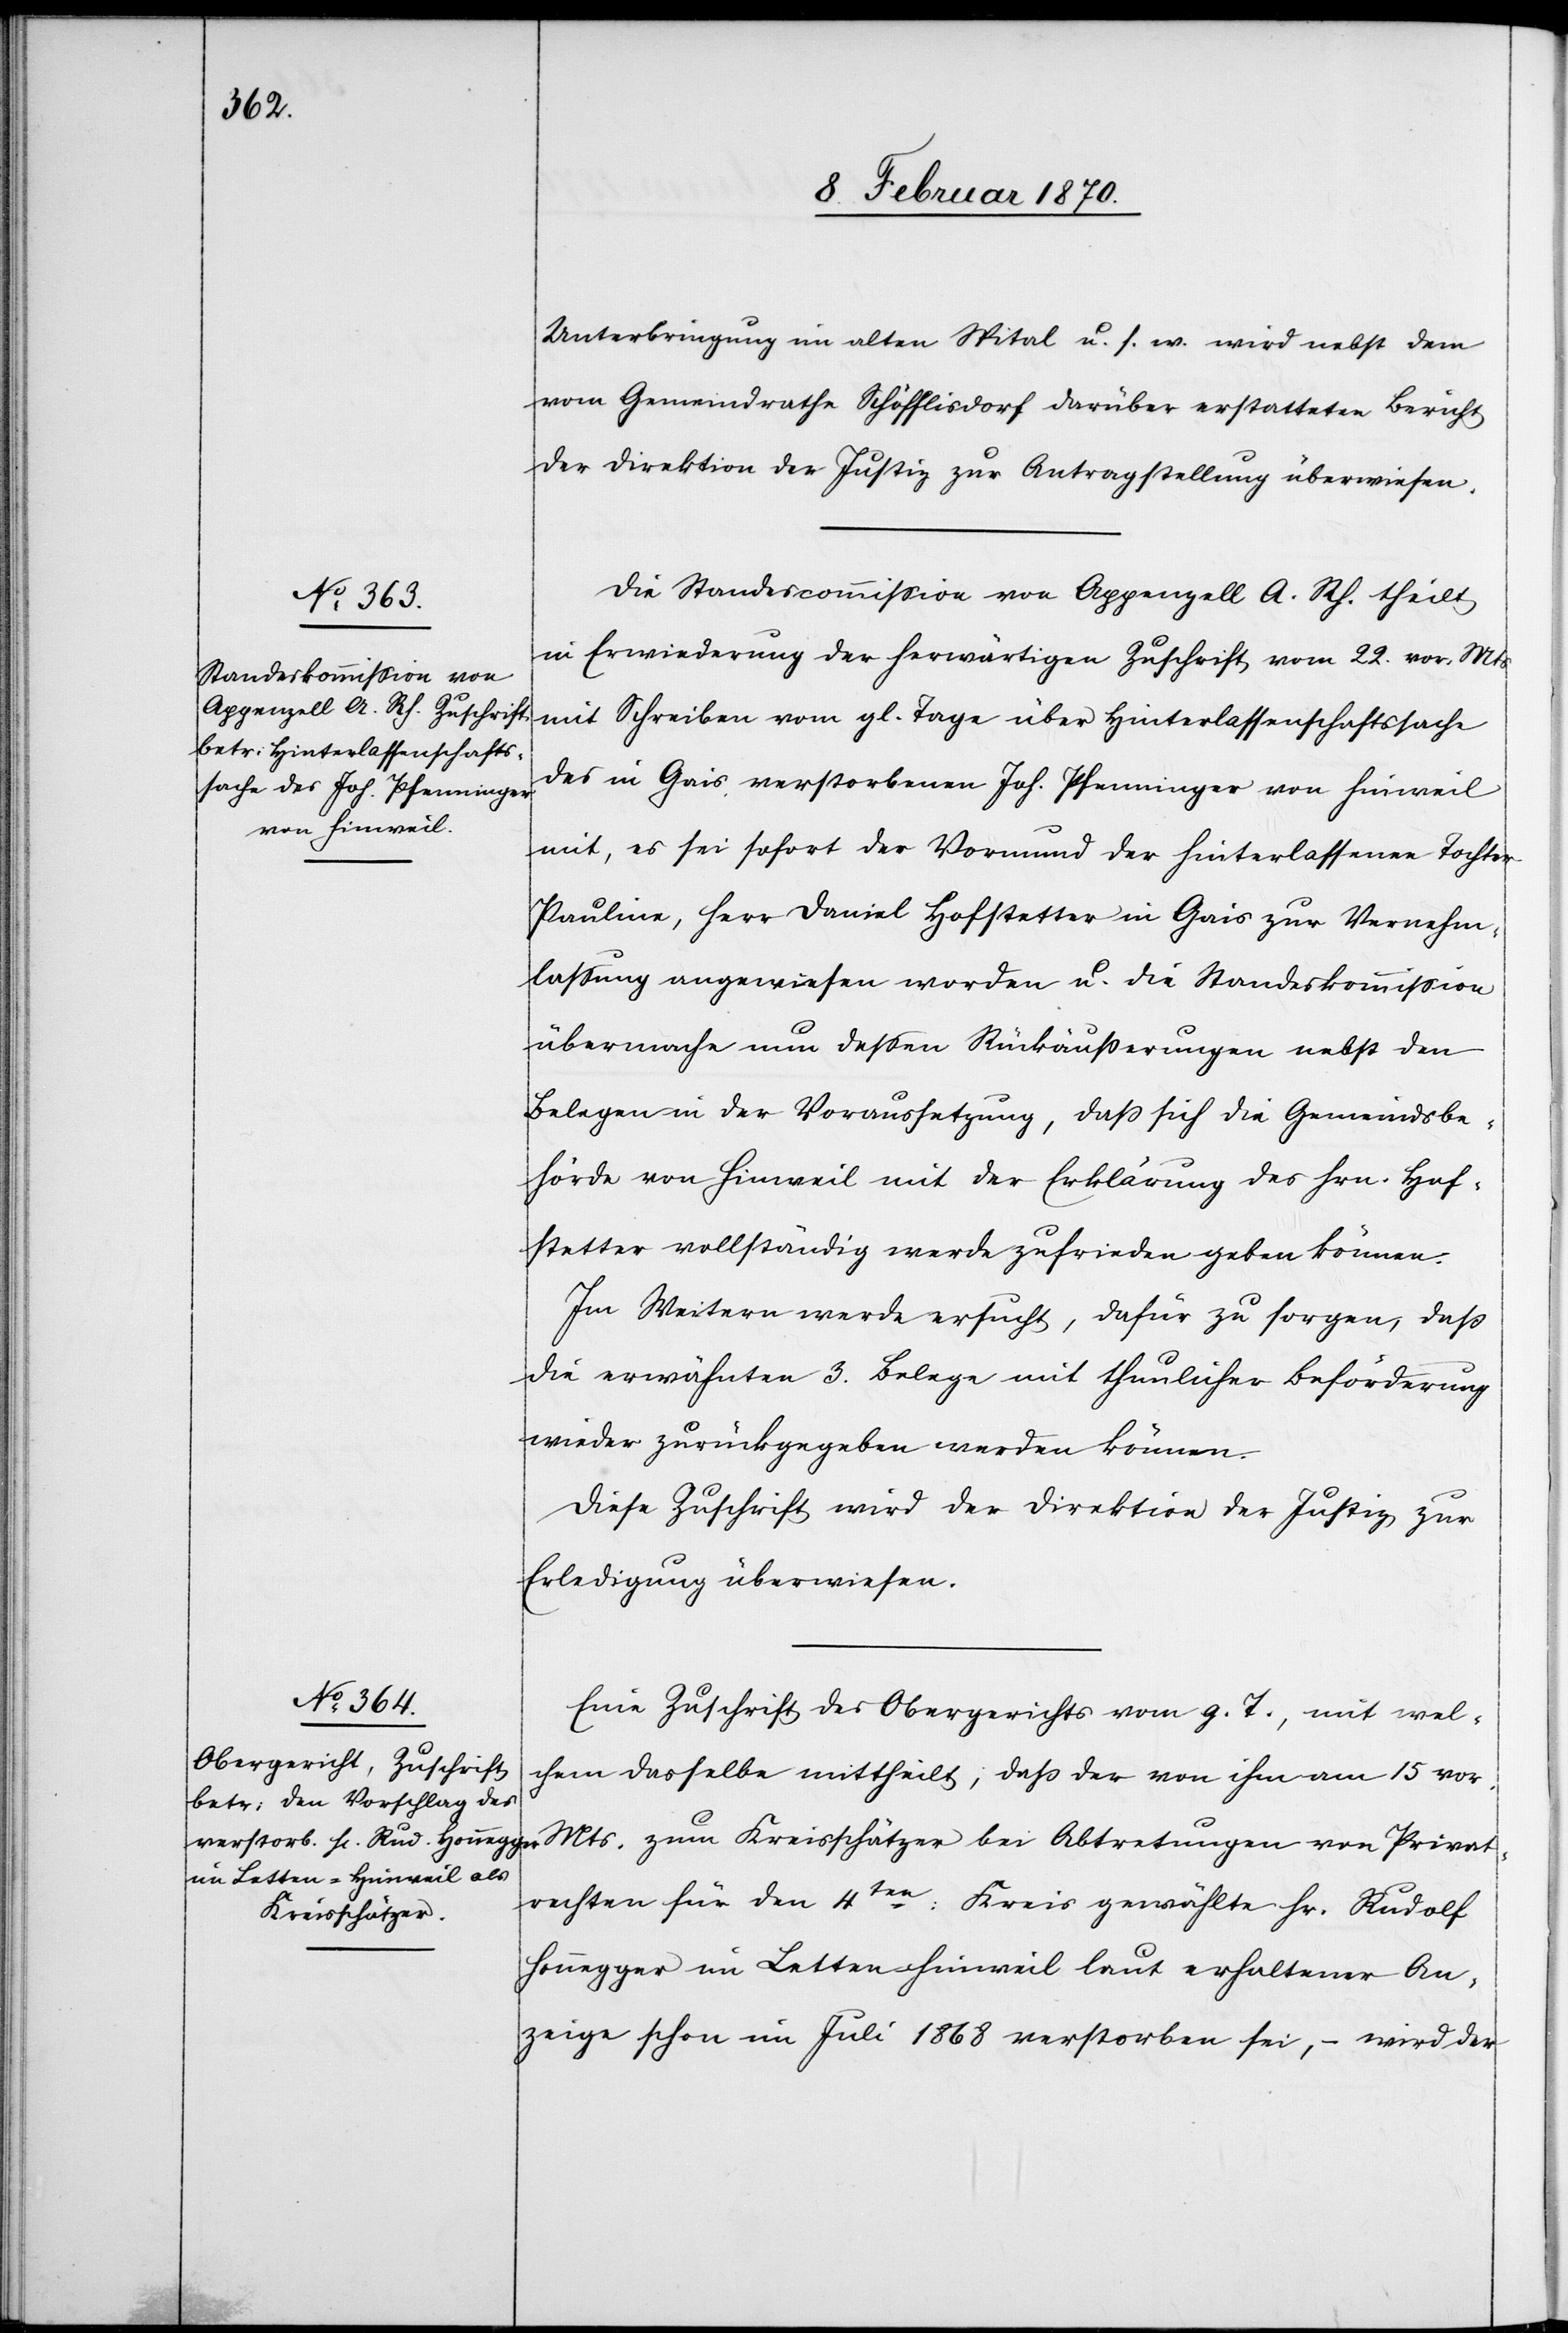
9. Februar 1870.]
Unterbringung im alten Spital u. s. w. wird nebst dem
vom Gemeindrathe Schöfflisdorf darüber erstatteten Bericht
der Direktion der Justiz zur Antragstellung überwiesen.
Die Standescommission von Appenzell A. Rh. theilt
in Erwiederung der herwärtigen Zuschrift vom 22. vor. Mts
mit Schreiben vom gl. Tage über Hinterlassenschaftssache
des in Gais verstorbenen Joh. Pfenninger von Hinweil
mit, es sei sofort der Vormund der hinterlassenen Tochter
Pauline, Herr Daniel Hofstetter in Gais zur Vernehm¬
lassung angewiesen worden u. die Standeskommission
übermache nun dessen Rückäußerungen nebst den
Belegen in der Voraussetzung, daß sich die Gemeindsbe¬
hörde von Hinweil mit der Erklärung des Hrn. Hof¬
stetter vollständig werde zufrieden geben können.
Im Weitern werde ersucht, dafür zu sorgen, dass
die erwähnten 3. Belege mit thunlicher Beförderung
wieder zurückgegeben werden können.
Diese Zuschrift wird der Direktion der Justiz zur
Erledigung überwiesen.
Eine Zuschrift des Obergerichts vom g. T., mit wel¬
chem dasselbe mittheilt; dass der von ihm am 15 vor.
Mts. zum Kreisschätzer bei Abtretungen von Privat¬
rechten für den 4ten: Kreis gewählte Hr. Rudolf
Honnegger im Letten-Hinweil laut erhaltener An¬
zeige schon im Juli 1868 verstorben sei, – wird der